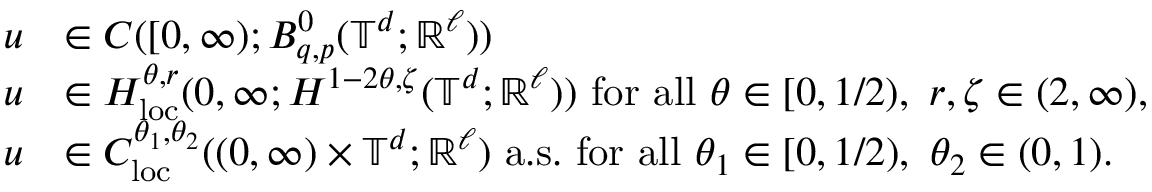
\begin{array} { r l } { u } & { \in C ( [ 0 , \infty ) ; B _ { q , p } ^ { 0 } ( \mathbb { T } ^ { d } ; { \mathbb R } ^ { \ell } ) ) } \\ { u } & { \in H _ { \mathrm { l o c } } ^ { \theta , r } ( 0 , \infty ; H ^ { 1 - 2 \theta , \zeta } ( \mathbb { T } ^ { d } ; { \mathbb R } ^ { \ell } ) ) \ \mathrm { f o r ~ a l l ~ } \theta \in [ 0 , 1 / 2 ) , \ r , \zeta \in ( 2 , \infty ) , } \\ { u } & { \in C _ { \mathrm { l o c } } ^ { \theta _ { 1 } , \theta _ { 2 } } ( ( 0 , \infty ) \times \mathbb { T } ^ { d } ; { \mathbb R } ^ { \ell } ) \ \mathrm { a . s . \ } \mathrm { f o r ~ a l l ~ } \theta _ { 1 } \in [ 0 , 1 / 2 ) , \ \theta _ { 2 } \in ( 0 , 1 ) . } \end{array}